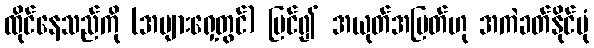
ထိုင်နေသည်ကို (အများရှေ့တွင်) မြင်၍ အယုတ်အမြတ်ဟု အကဲခတ်နိုင်ပုံ